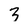
Character: 3